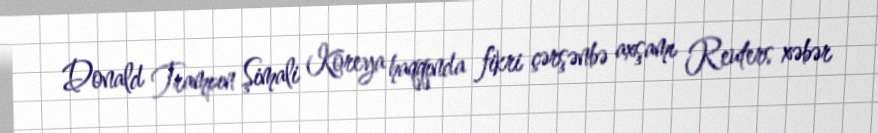
Donald Trampın Şimali Koreya haqqında fikri çərşənbə axşamı Reuters xəbər